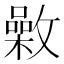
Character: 𣀉